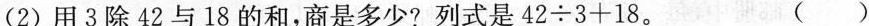
(2)用3除42与18的和，商是多少?列式是$$4 2 \div 3 + 1 8$$。（ ）